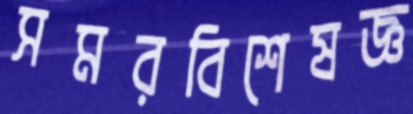
সমরবিশেষজ্ঞ